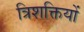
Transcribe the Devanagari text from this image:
त्रिशक्तियों